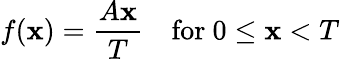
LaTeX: f(\mathbf{x})={\frac{{A\mathbf{x}}}{{T}}}\quad{\mathrm{{for~}}}0\leq\mathbf{x}<T